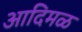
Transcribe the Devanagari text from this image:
आदिमळ